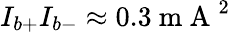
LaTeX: I_{b+}I_{b-}\approx 0.3\mathrm{~m~A~}^{2}